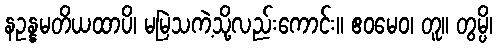
နဥန္နမတိယထာပိ၊ မမြဲသကဲ့သို့လည်းကောင်း။ ဧဝမေဝ၊ တူ။ တွမ္ပိ၊